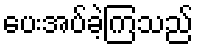
ပေးအပ်ခဲ့ကြသည်